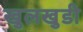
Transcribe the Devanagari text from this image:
खुलखुडी